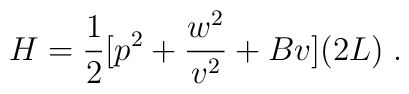
H =  {1 \over 2} [ {p}^2  +  {w^2 \over v^2} + B v] (2L)  \;.